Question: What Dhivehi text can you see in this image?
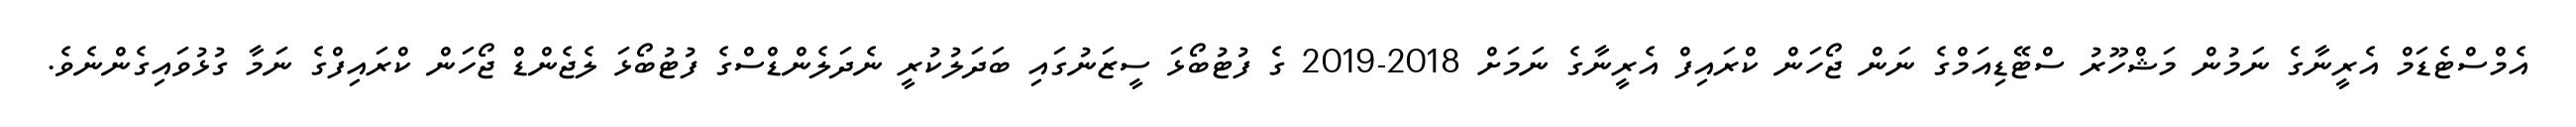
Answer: އެމްސްޓެޑަމް އެރީނާގެ ނަމުން މަޝްހޫރު ސްޓޭޑިއަމްގެ ނަން ޖޯހަން ކްރައިފް އެރީނާގެ ނަމަށް 2018-2019 ގެ ފުޓުބޯޅަ ސީޒަނުގައި ބަދަލުކުރީ ނެދަލެންޑްސްގެ ފުޓުބޯޅަ ލެޖެންޑް ޖޯހަން ކްރައިފްގެ ނަމާ ގުޅުވައިގެންނެވެ.